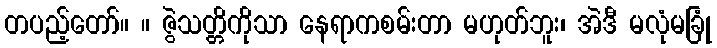
တပည့်တော်။ ။ ဇွဲသတ္တိကိုသာ နေရာကစမ်းတာ မဟုတ်ဘူး၊ အဲဒီ မလုံမခြုံ